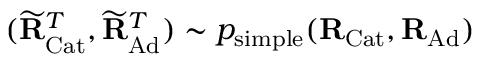
( \widetilde { \mathbf { R } } _ { \mathrm { C a t } } ^ { T } , \widetilde { \mathbf { R } } _ { \mathrm { A d } } ^ { T } ) \sim p _ { \mathrm { s i m p l e } } ( \mathbf { R } _ { \mathrm { C a t } } , \mathbf { R } _ { \mathrm { A d } } )